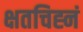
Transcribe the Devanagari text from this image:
क्षतचिह्नं